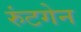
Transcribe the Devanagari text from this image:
रुंटगेन